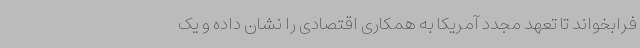
فرابخواند تا تعهد مجدد آمریکا به همکاری اقتصادی را نشان داده و یک